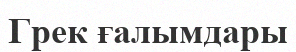
Грек ғалымдары